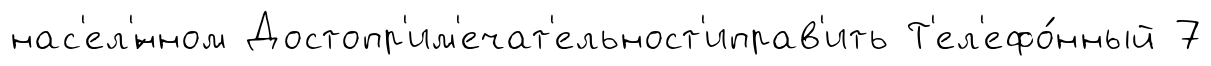
нас'ел'́нном Достопр'им'ечат'ельност'иправ'ить Т'ел'ефо́нный 7